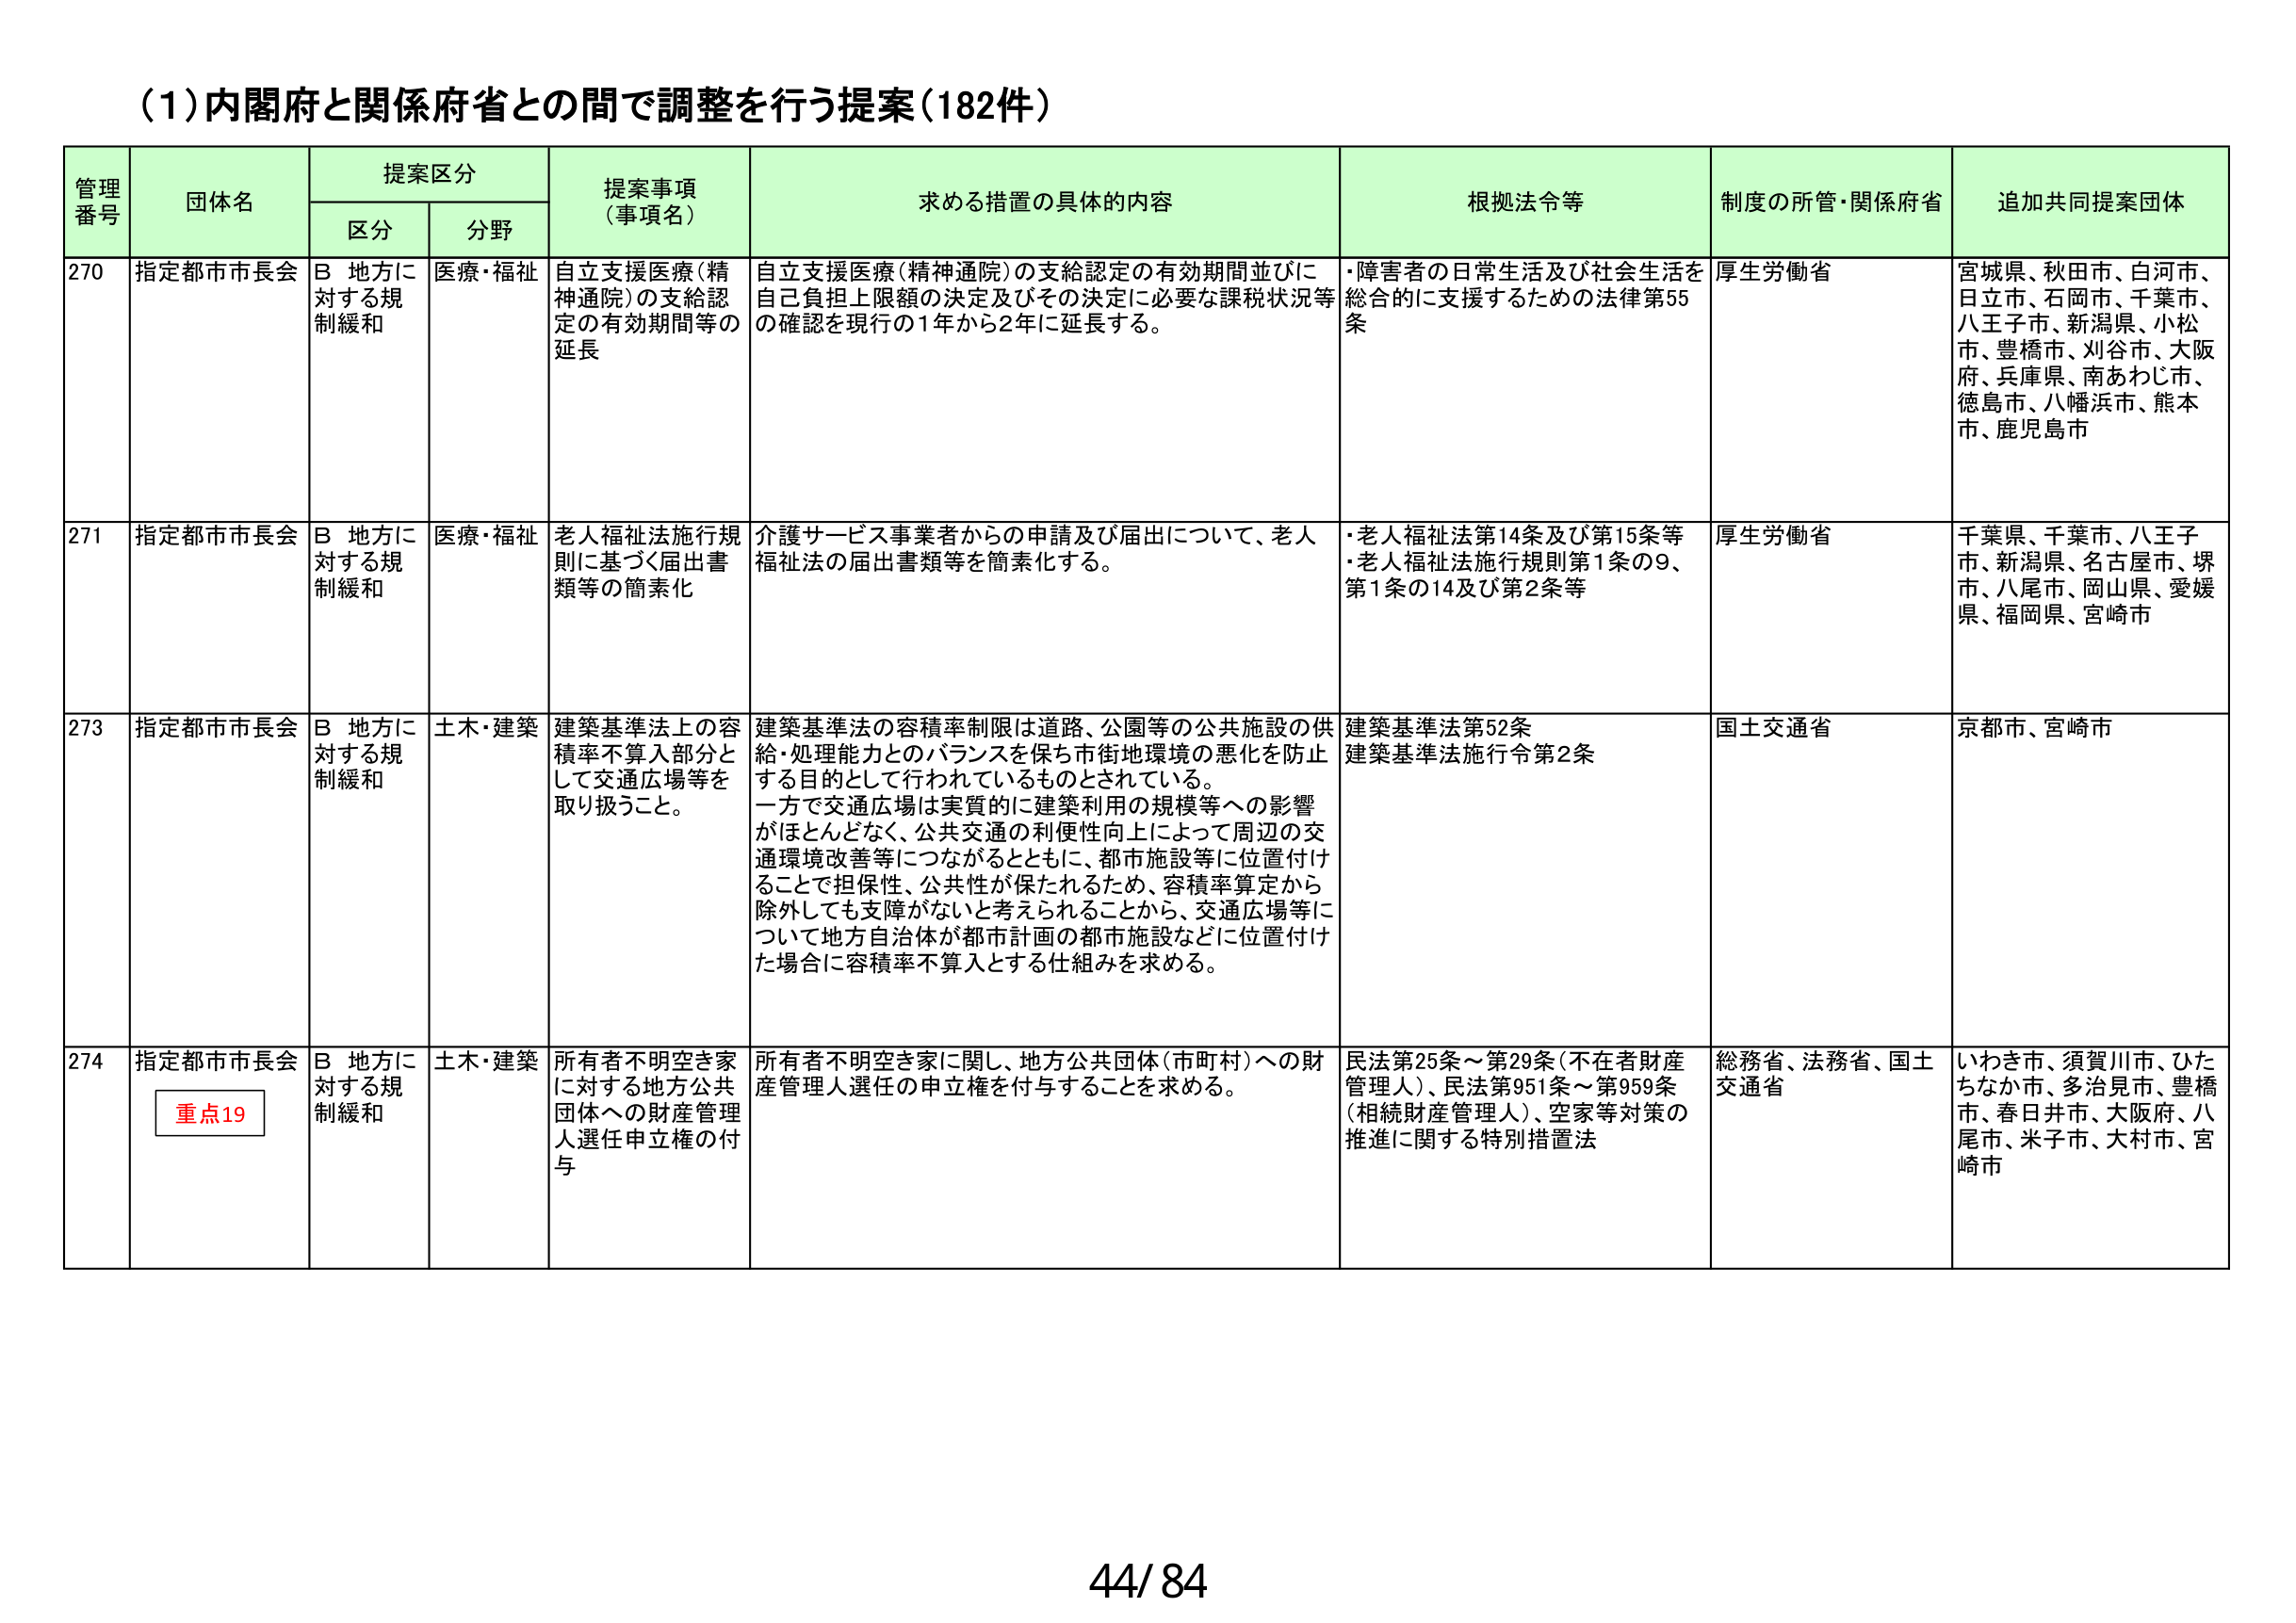
(1)内閣府と関係府省との間で調整を行う提案(182件)

管理番号 団体名 提案区分 提案事項（事項名） 求める措置の具体的内容 根拠法令等 制度の所管・関係府省 追加共同提案団体
区分 分野

270 指定都市市長会 B 地方に対する規制緩和 医療・福祉 自立支援医療(精神通院)の支給認定の有効期間等の延長 自立支援医療(精神通院)の支給認定の有効期間並びに自己負担上限額の決定及びその決定に必要な課税状況等の確認を現行の1年から2年に延長する。 ・障害者の日常生活及び社会生活を総合的に支援するための法律第55条 厚生労働省 宮城県、秋田市、白河市、日立市、石岡市、千葉市、八王子市、新潟県、小松市、豊橋市、刈谷市、大阪府、兵庫県、南あわじ市、徳島市、八幡浜市、熊本市、鹿児島市

271 指定都市市長会 B 地方に対する規制緩和 医療・福祉 老人福祉法施行規則に基づく届出書類等の簡素化 介護サービス事業者からの申請及び届出について、老人福祉法の届出書類等を簡素化する。 ・老人福祉法第14条及び第15条等 ・老人福祉法施行規則第1条の9、第1条の14及び第2条等 厚生労働省 千葉県、千葉市、八王子市、新潟県、名古屋市、堺市、八尾市、岡山県、愛媛県、福岡県、宮崎市

273 指定都市市長会 B 地方に対する規制緩和 土木・建築 建築基準法上の容積率不算入部分として交通広場等を取り扱うこと。 建築基準法の容積率制限は道路、公園等の公共施設の供給・処理能力とのバランスを保ち市街地環境の悪化を防止する目的として行われているものとされている。一方で交通広場は実質的に建築利用の規模等への影響がほとんどなく、公共交通の利便性向上によって周辺の交通環境改善等につながるとともに、都市施設等に位置付けることで担保性、公共性が保たれるため、容積率算定から除外しても支障がないと考えられることから、交通広場等について地方自治体が都市計画の都市施設などに位置付けた場合に容積率不算入とする仕組みを求める。 建築基準法第52条 建築基準法施行令第2条 国土交通省 京都市、宮崎市

274 指定都市市長会 重点19 B 地方に対する規制緩和 土木・建築 所有者不明空き家に対する地方公共団体への財産管理人選任申立権の付与 所有者不明空き家に関し、地方公共団体(市町村)への財産管理人選任の申立権を付与することを求める。 民法第25条～第29条(不在者財産管理人)、民法第951条～第959条(相続財産管理人)、空家等対策の推進に関する特別措置法 総務省、法務省、国土交通省 いわき市、須賀川市、ひたちなか市、多治見市、豊橋市、春日井市、大阪府、八尾市、米子市、大村市、宮崎市

44/84